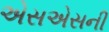
એસએસની